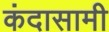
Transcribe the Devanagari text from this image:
कंदासामी